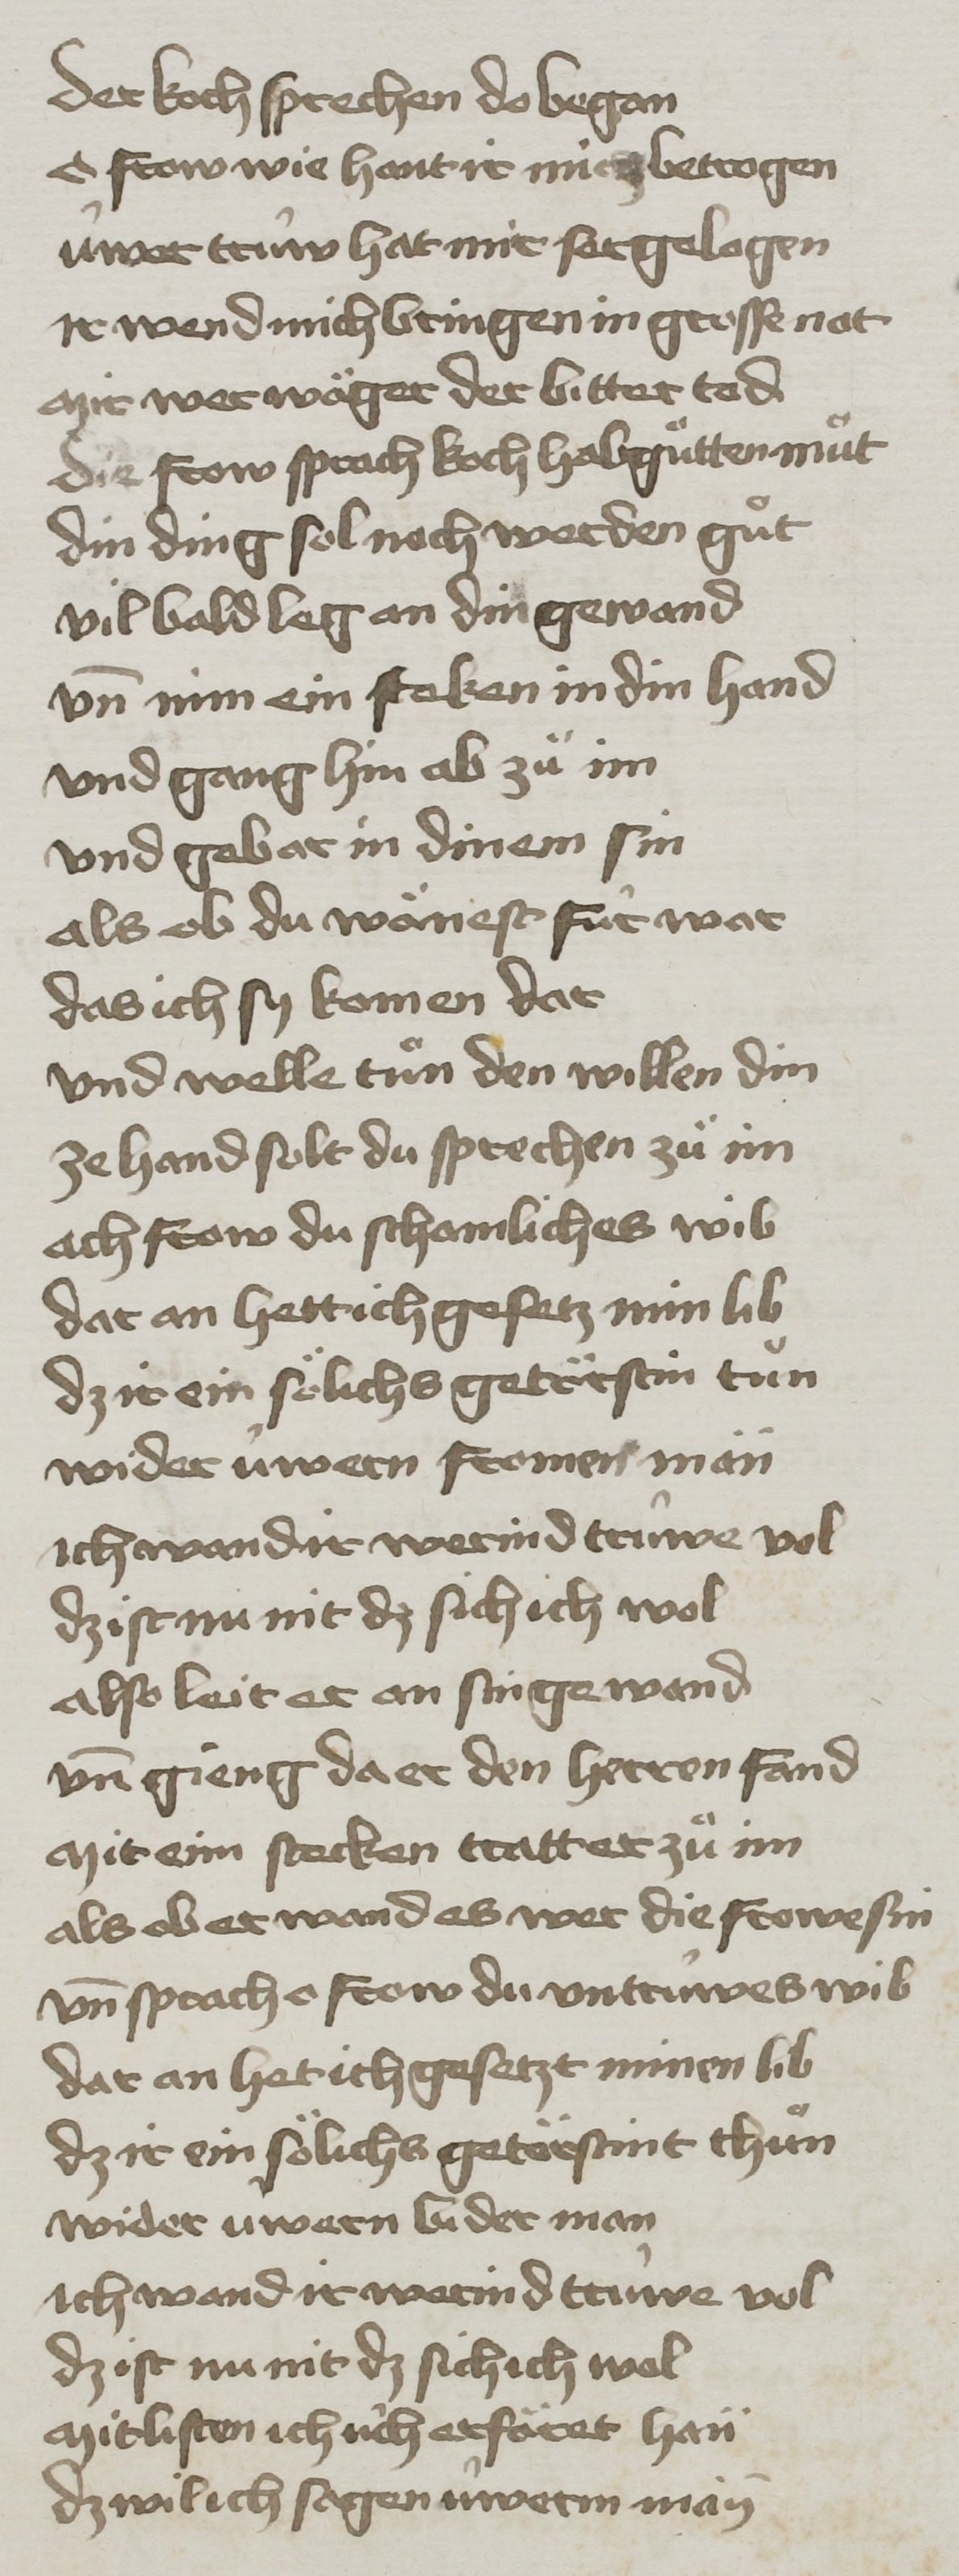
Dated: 1400–1499